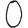
Digit: 0